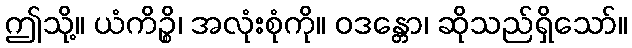
ဤသို့။ ယံကိဉ္စိ၊ အလုံးစုံကို။ ဝဒန္တော၊ ဆိုသည်ရှိသော်။